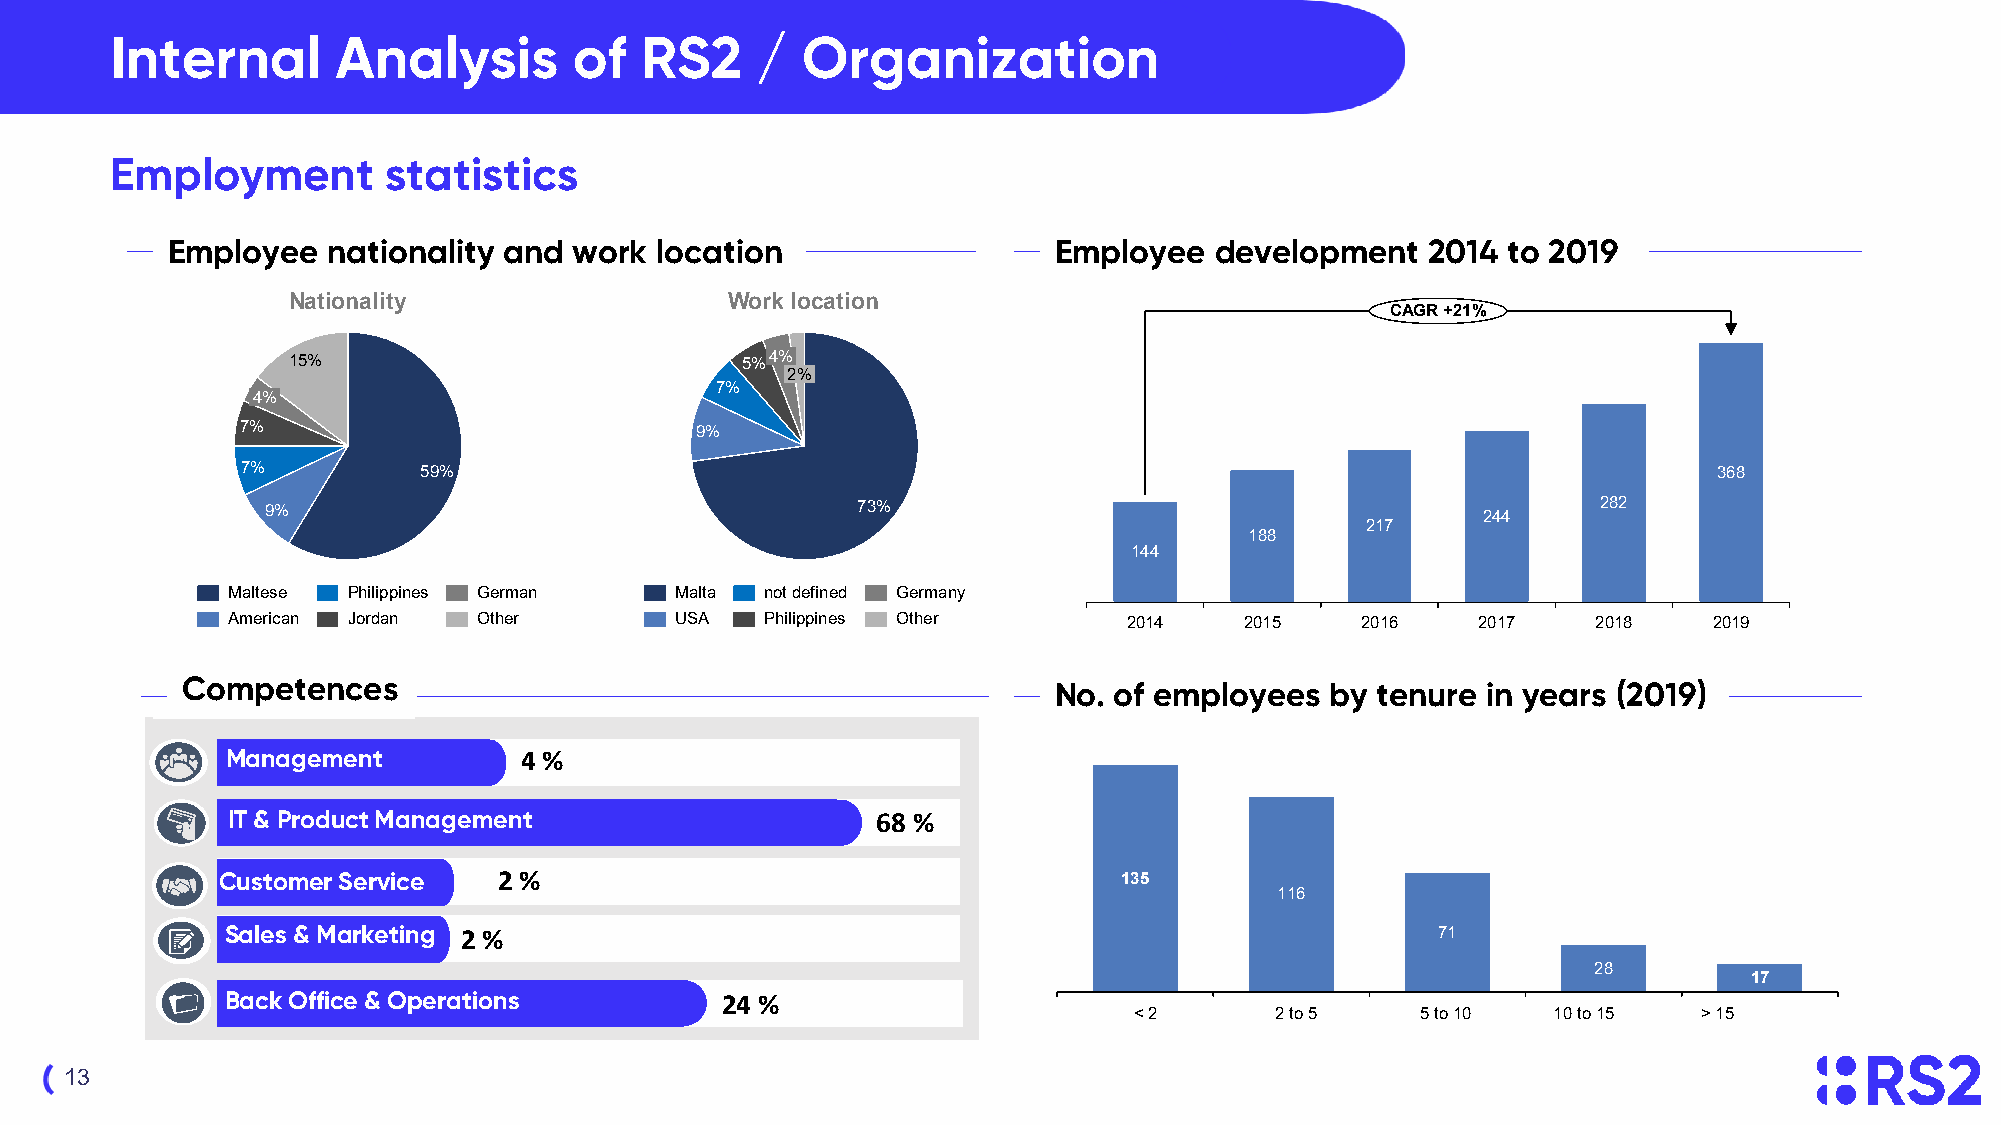
Internal       Analysis        of  RS2     /  Organization
 Employment         statistics
 Employee   nationality and work location                   Employee  development    2014 to 2019
 Nationality                  Work location
 CAGR +21%
 15%                           5%4%
 2%
 7%
 4%
 7%                            9%
 7%          59%                                                                                   368
 9%                                     73%                                      244     282
 217
 188
 144
 Maltese Philippines German    Malta not defined Germany
 American Jordan  Other        USA   Philippines Other       2014   2015    2016    2017    2018   2019
 CCoommppeetteenncceess                                     No. of employees  by tenure in years (2019)
 MaMnaagneamgeemntent 4 %
 IT & PrITo d&u cPtr oMdauncat gMemaneangtement 68 %
 CustCoumsetro Smeervrice 2 %                               135
 116
 Sales & Marketing 2 %                                                           71
 28
 17
 BackB Oafcfkic Oe f&fi cOep &er Aadtimoninsistration 24 %
 < 2      2 to 5    5 to 10  10 to 15  > 15
 13